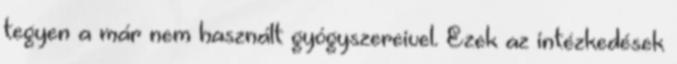
tegyen a már nem használt gyógyszereivel. Ezek az intézkedések